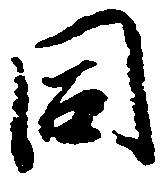
同